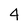
Character: 4